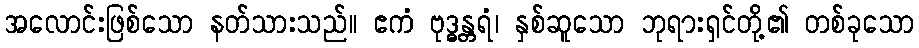
အလောင်းဖြစ်သော နတ်သားသည်။ ဧကံ ဗုဒ္ဓန္တရံ၊ နှစ်ဆူသော ဘုရားရှင်တို့၏ တစ်ခုသော